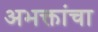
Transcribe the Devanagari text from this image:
अभक्तांचा